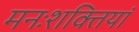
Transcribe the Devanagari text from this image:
मनःशक्तियां